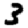
Digit: 3